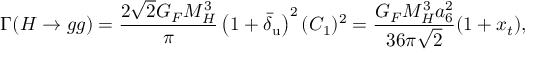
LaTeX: \Gamma ( H \to g g ) = \frac { 2 \sqrt 2 G _ { F } M _ { H } ^ { 3 } } { \pi } \left( 1 + \bar { \delta } _ { \mathrm { u } } \right) ^ { 2 } ( { \cal C } _ { 1 } ) ^ { 2 } = \frac { G _ { F } M _ { H } ^ { 3 } a _ { 6 } ^ { 2 } } { 3 6 \pi \sqrt 2 } ( 1 + x _ { t } ) ,